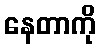
နေတာကို